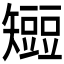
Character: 𥐍